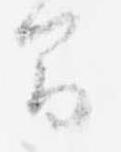
間